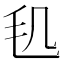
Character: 𣬠